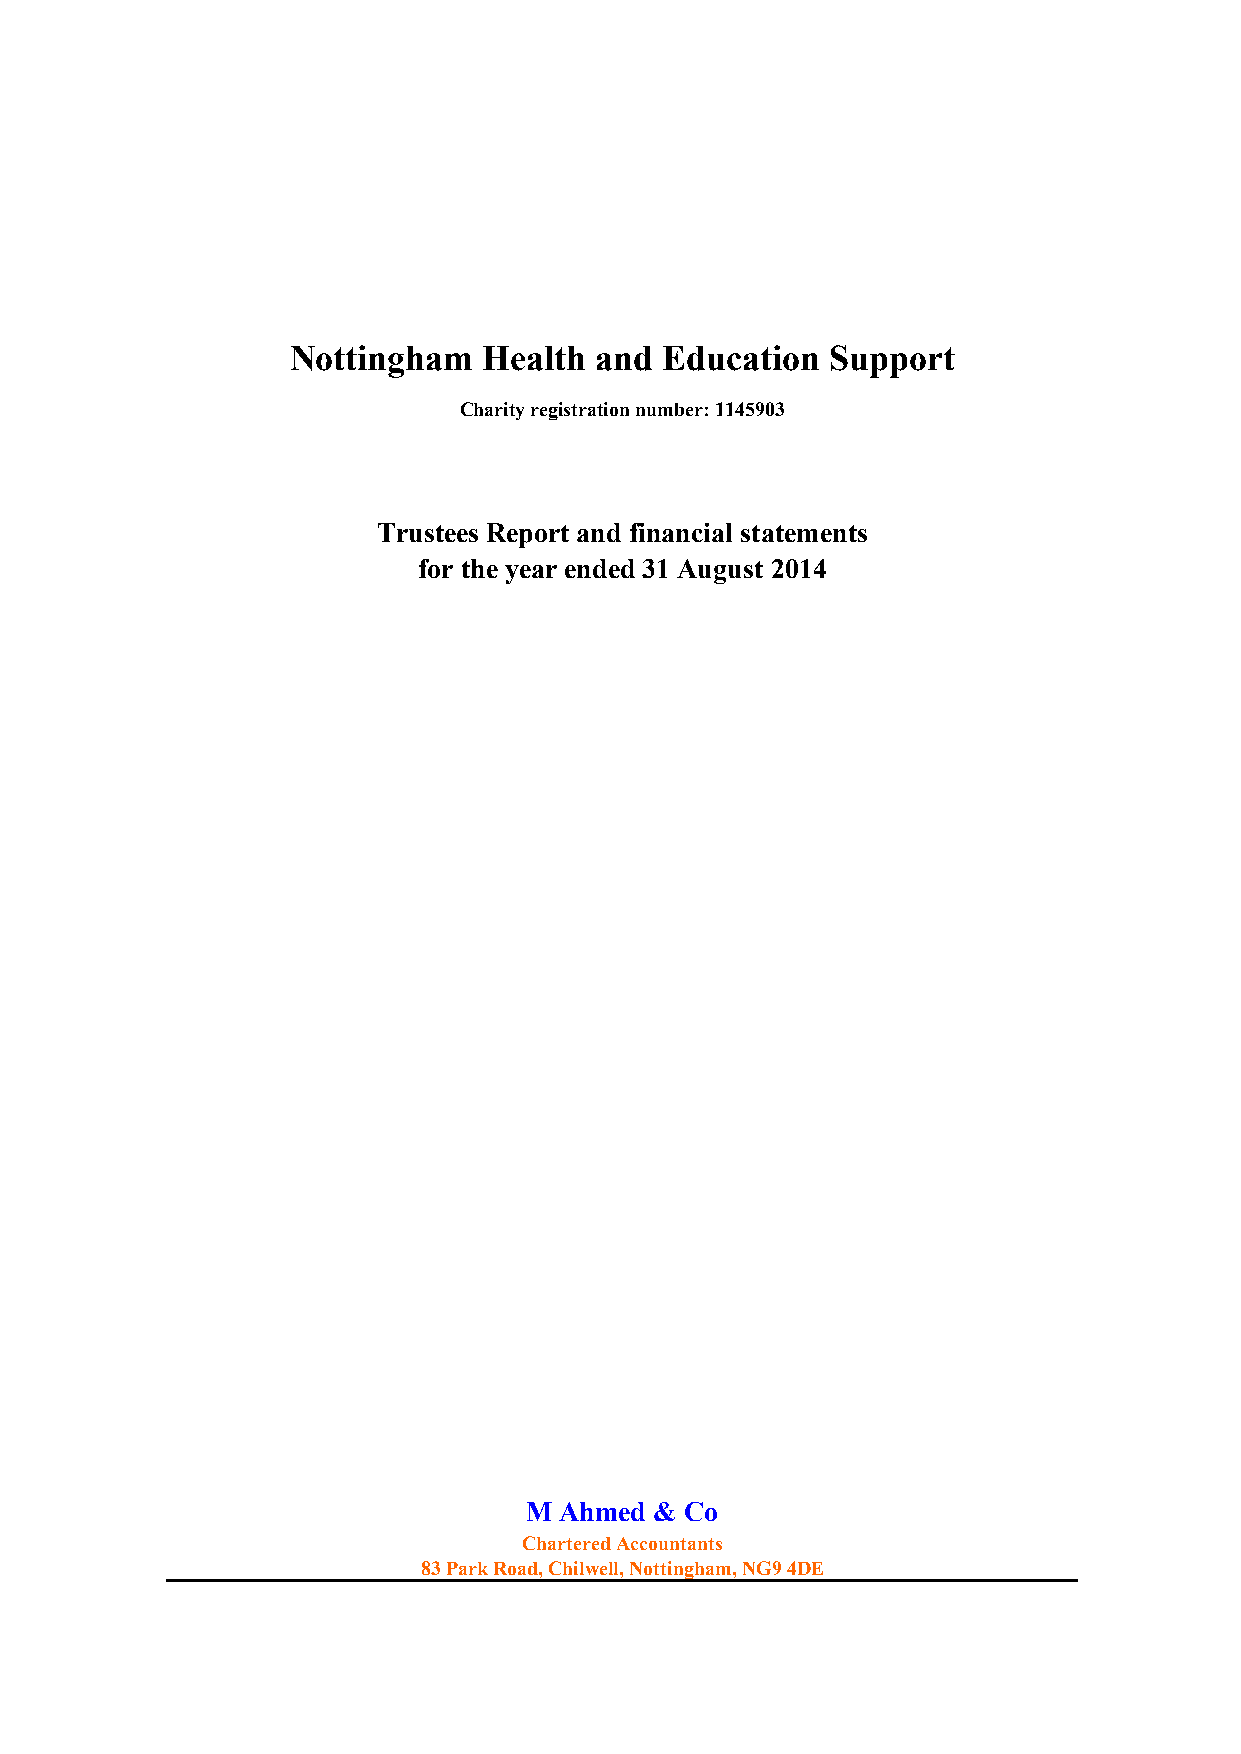
Nottingham   Health and  Education  Support
 Charity registration number: 1145903
 Trustees Report and financial statements
 for the year ended 31 August 2014
 M Ahmed & Co
 Chartered Accountants
 83 Park Road, Chilwell, Nottingham, NG9 4DE